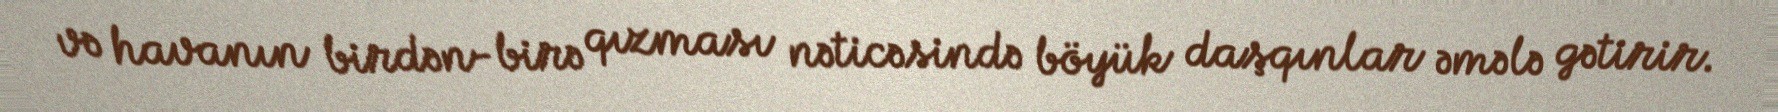
və havanın birdən-birə qızması nəticəsində böyük daşqınlar əmələ gətirir.